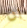
ان